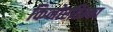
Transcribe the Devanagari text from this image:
किनोरहिन्का